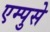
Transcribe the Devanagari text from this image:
एम्पुसे